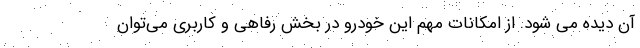
آن دیده می شود. از امکانات مهم این خودرو در بخش رفاهی و کاربری می‌توان